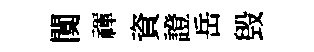
闃禈資證岳毁